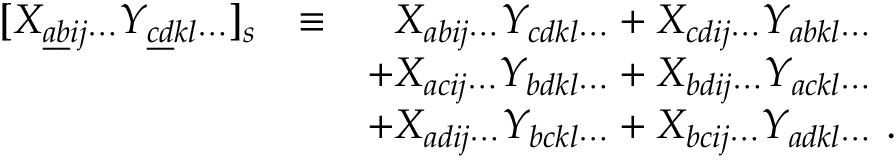
\begin{array} { l c l } { { [ X _ { \underline { { { a } } } \underline { { { b } } } i j \cdots } Y _ { \underline { { { c } } } \underline { { { d } } } k l \cdots } ] _ { s } } } & { { \equiv } } & { { ~ ~ X _ { a b i j \cdots } Y _ { c d k l \cdots } + X _ { c d i j \cdots } Y _ { a b k l \cdots } } } \\ { { } } & { { } } & { { + X _ { a c i j \cdots } Y _ { b d k l \cdots } + X _ { b d i j \cdots } Y _ { a c k l \cdots } } } \\ { { } } & { { } } & { { + X _ { a d i j \cdots } Y _ { b c k l \cdots } + X _ { b c i j \cdots } Y _ { a d k l \cdots } \ . } } \end{array}